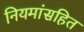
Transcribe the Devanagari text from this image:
नियमांसहित